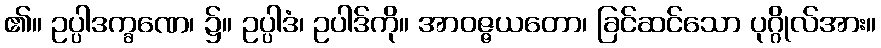
၏။ ဥပ္ပါဒက္ခဏေ၊ ၌။ ဥပ္ပါဒံ၊ ဥပါဒ်ကို။ အာဝဇ္ဇယတော၊ ခြင်ဆင်သော ပုဂ္ဂိုလ်အား။